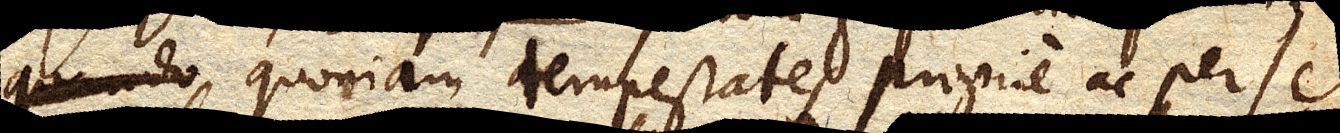
quando quoniam tempestates proprie ac per se